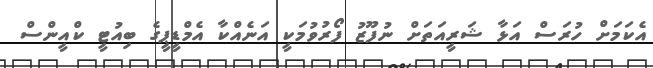
އެކަމަށް ހުރަސް އަޅާ ޝަރީއަތަށް ނުފޫޒު ފޯރުވުމަކީ އަނެއްކާ އެމްޑީޕީގެ ބިއުޓީ ކްއީންސް